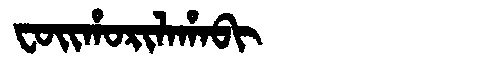
Manchu: ᠸᠣᡳᡥᠣᡵᡳᠯᠠᡥᠠᠪᡳ
Romanization: FOIHORILAHABI